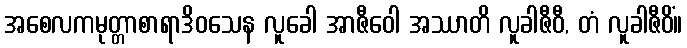
အစေလကမုတ္တာစာရာဒိဝသေန လူခေါ အာဇီဝေါ အဿာတိ လူခါဇီဝီ, တံ လူခါဇီဝိံ။